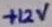
Text: +12V